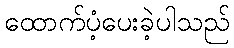
ထောက်ပံ့ပေးခဲ့ပါသည်